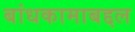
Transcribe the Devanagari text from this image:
बांधकामाबद्दल